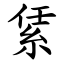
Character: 䋕